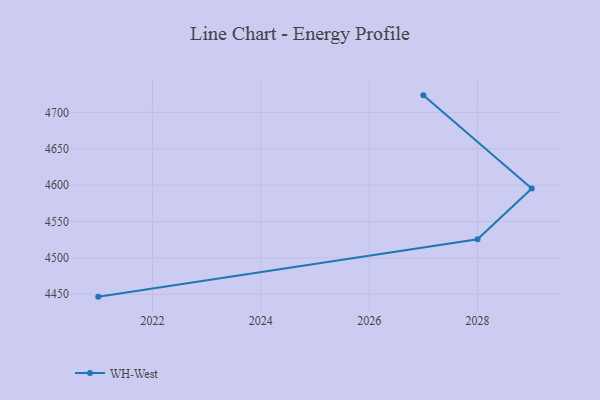
{"axis": {"x": "Year", "y": "Net Income (USD K)"}, "legend": ["WH-West"], "data": [{"x": "2027", "y": 4723.4, "type": "WH-West"}, {"x": "2029", "y": 4595.4, "type": "WH-West"}, {"x": "2028", "y": 4525.6, "type": "WH-West"}, {"x": "2021", "y": 4446.6, "type": "WH-West"}]}